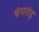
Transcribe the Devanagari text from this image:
चंगरोड़